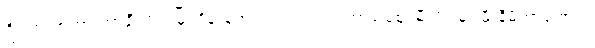
ဦးအားဖာဟာ တာချီလိတ်မြို့၊ ဝိန်းကျောက်ရပ်ကွက်၊ အာခါစျေးမီးပွိုင့်မှာ မီးနီမိတာကြောင့်